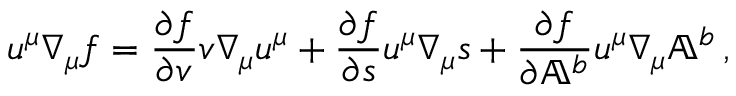
u ^ { \mu } \nabla _ { \mu } f = \frac { \partial f } { \partial v } v \nabla _ { \mu } u ^ { \mu } + \frac { \partial f } { \partial \mathfrak { s } } u ^ { \mu } \nabla _ { \mu } \mathfrak { s } + \frac { \partial f } { \partial \mathbb { A } ^ { b } } u ^ { \mu } \nabla _ { \mu } \mathbb { A } ^ { b } \, ,